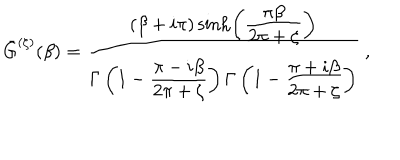
{ \bar { G } } ^ { ( \zeta ) } ( \beta ) = { \frac { ( \beta + i \pi ) \sinh \left( { \frac { \displaystyle \pi \beta } { \displaystyle 2 \pi + \zeta } } \right) } { \Gamma \left( 1 - { \frac { \displaystyle \pi - i \beta } { \displaystyle 2 \pi + \zeta } } \right) \Gamma \left( 1 - { \frac { \displaystyle \pi + i \beta } { \displaystyle 2 \pi + \zeta } } \right) } } \ ,